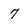
Character: 7